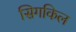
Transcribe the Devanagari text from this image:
सिगकिल